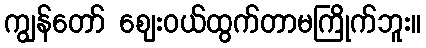
ကျွန်တော် ဈေးဝယ်ထွက်တာမကြိုက်ဘူး။